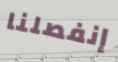
إنفصلنا